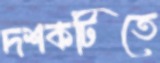
দশকটিতে